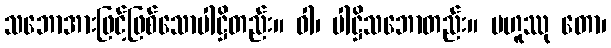
သဘောအားဖြင့်ဖြစ်သောပါဋ္ဌိတည်း။ ဝါ၊ ပါဋ္ဌိသဘောတည်း။ ဗဟူဿု တော၊